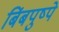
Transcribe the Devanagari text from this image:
बिंबपुष्पे